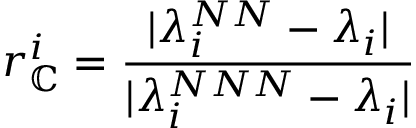
r _ { \mathbb { C } } ^ { i } = \frac { \lvert \lambda _ { i } ^ { N N } - \lambda _ { i } \rvert } { \lvert \lambda _ { i } ^ { N N N } - \lambda _ { i } \rvert }